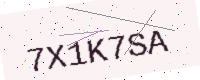
Text: 7X1K7SA